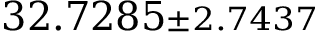
3 2 . 7 2 8 5 { \scriptstyle \pm 2 . 7 4 3 7 }